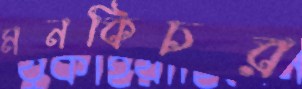
মনকিচর